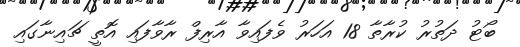
ބޯޓު ދަތުރު ކުރާތާ 18 އަހަރު ވެފައިވާ އާރިފް ރާވާފައި އޮތީ ޗައިނާގައި